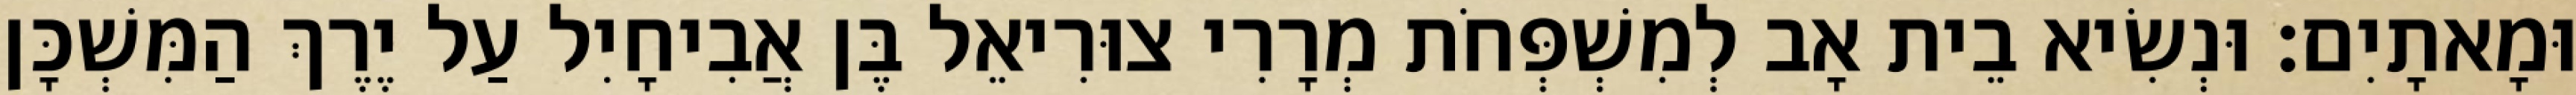
וּמָאתָיִם׃ וּנְשִׂיא בֵית אָב לְמִשְׁפְּחֹת מְרָרִי צוּרִיאֵל בֶּן אֲבִיחָיִל עַל יֶרֶךְ הַמִּשְׁכָּן